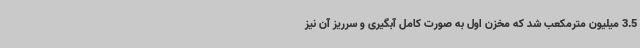
3.5 میلیون مترمکعب شد که مخزن اول به صورت کامل آبگیری و سرریز آن نیز